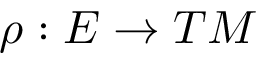
\rho : E \rightarrow T M